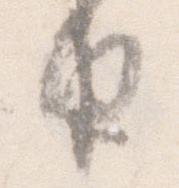
由